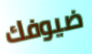
ضيوفك